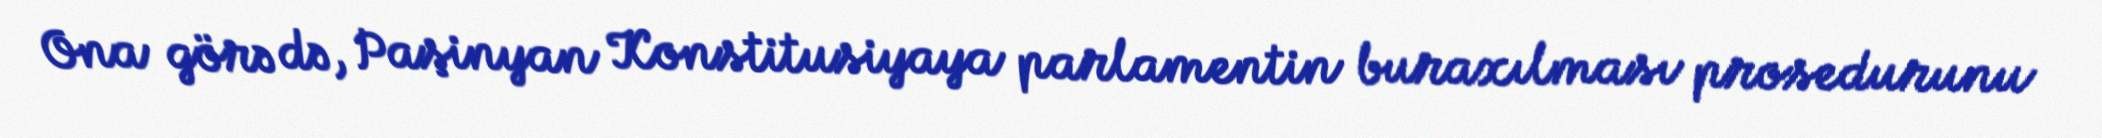
Ona görə də, Paşinyan Konstitusiyaya parlamentin buraxılması prosedurunu